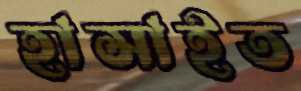
হাসাইত